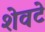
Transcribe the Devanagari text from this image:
शेवटे